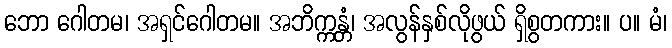
ဘော ဂေါတမ၊ အရှင်ဂေါတမ။ အဘိက္ကန္တံ၊ အလွန်နှစ်လိုဖွယ် ရှိစွတကား။ ပ။ မံ၊